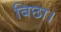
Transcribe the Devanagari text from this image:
बिछा।